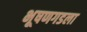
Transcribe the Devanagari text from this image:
भूषणगडला